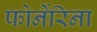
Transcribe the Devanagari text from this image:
फोर्नेरिना